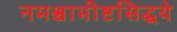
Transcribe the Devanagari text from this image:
नमश्चाभीष्टसिद्धये